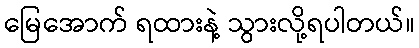
မြေအောက် ရထားနဲ့ သွားလို့ရပါတယ်။